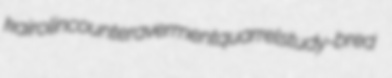
kairolin counteraverment quarrel study-bred